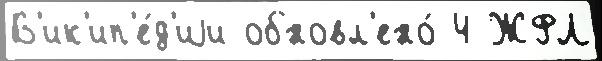
В'ик'ип'е́д'иjи обновл'ено́ 4 ЖФЛ